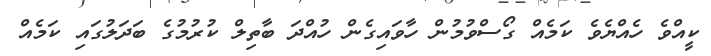
ކީއްވެ ހެއްޔެވެ ކަމެއް ގޯސްވުމުން ހާވައިގެން ހުއްދަ ބާތިލް ކުރުމުގެ ބަދަލުގައި ކަމެއް